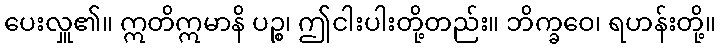
ပေးလှူ၏။ ဣတိဣမာနိ ပဉ္စ၊ ဤငါးပါးတို့တည်း။ ဘိက္ခဝေ၊ ရဟန်းတို့။